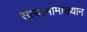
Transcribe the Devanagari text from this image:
सत्याभामाख्यान